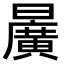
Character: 𣋷